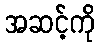
အဆင့်ကို